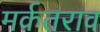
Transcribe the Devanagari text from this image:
मर्कतराव